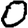
Digit: 0